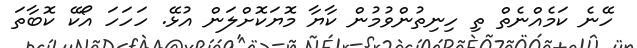
ހޭނެ ކަމެއްނެތް ތި ހިނިތުންވުމުން ކާޔާ މޮޔަކޮށްލަން އުޅޭ. ހަަހަހަ އޯކޭ ކޮބާތަ